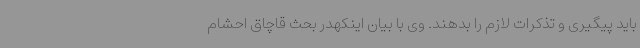
باید پیگیری و تذکرات لازم را بدهند. وی با بیان اینکهدر بحث قاچاق احشام